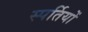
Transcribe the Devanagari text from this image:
स्पर्तियों